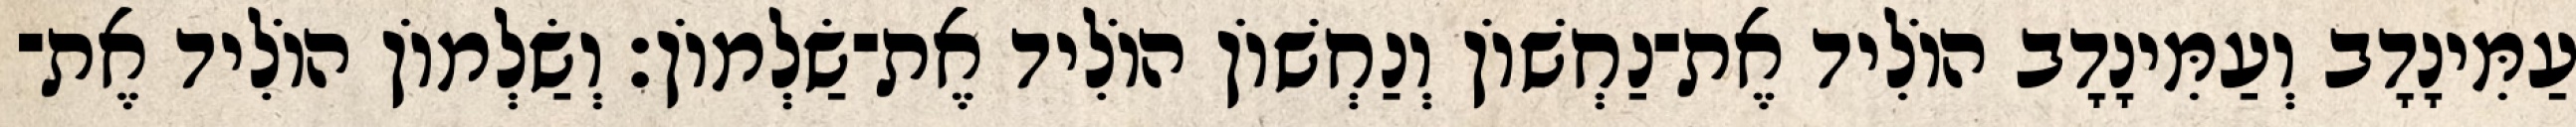
עַמִּינָדָב וְעַמִּינָדָב הוֹלִיד אֶת־נַחְשׁוֹן וְנַחְשׁוֹן הוֹלִיד אֶת־שַׂלְמוֹן׃ וְשַׂלְמוֹן הוֹלִיד אֶת־